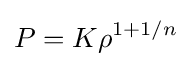
P=K\rho ^{1+1/n}